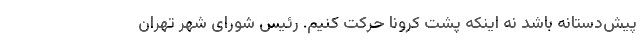
پیش‌دستانه باشد نه اینکه پشت کرونا حرکت کنیم. رئیس شورای شهر تهران